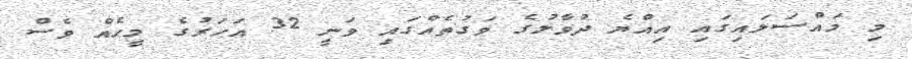
މި މައްސަލައިގައި އިއްޔެ ދުވާލުގެ ވަގުތެއްގައި ވަނީ 32 އަހަރުގެ މީހެއް ވެސް